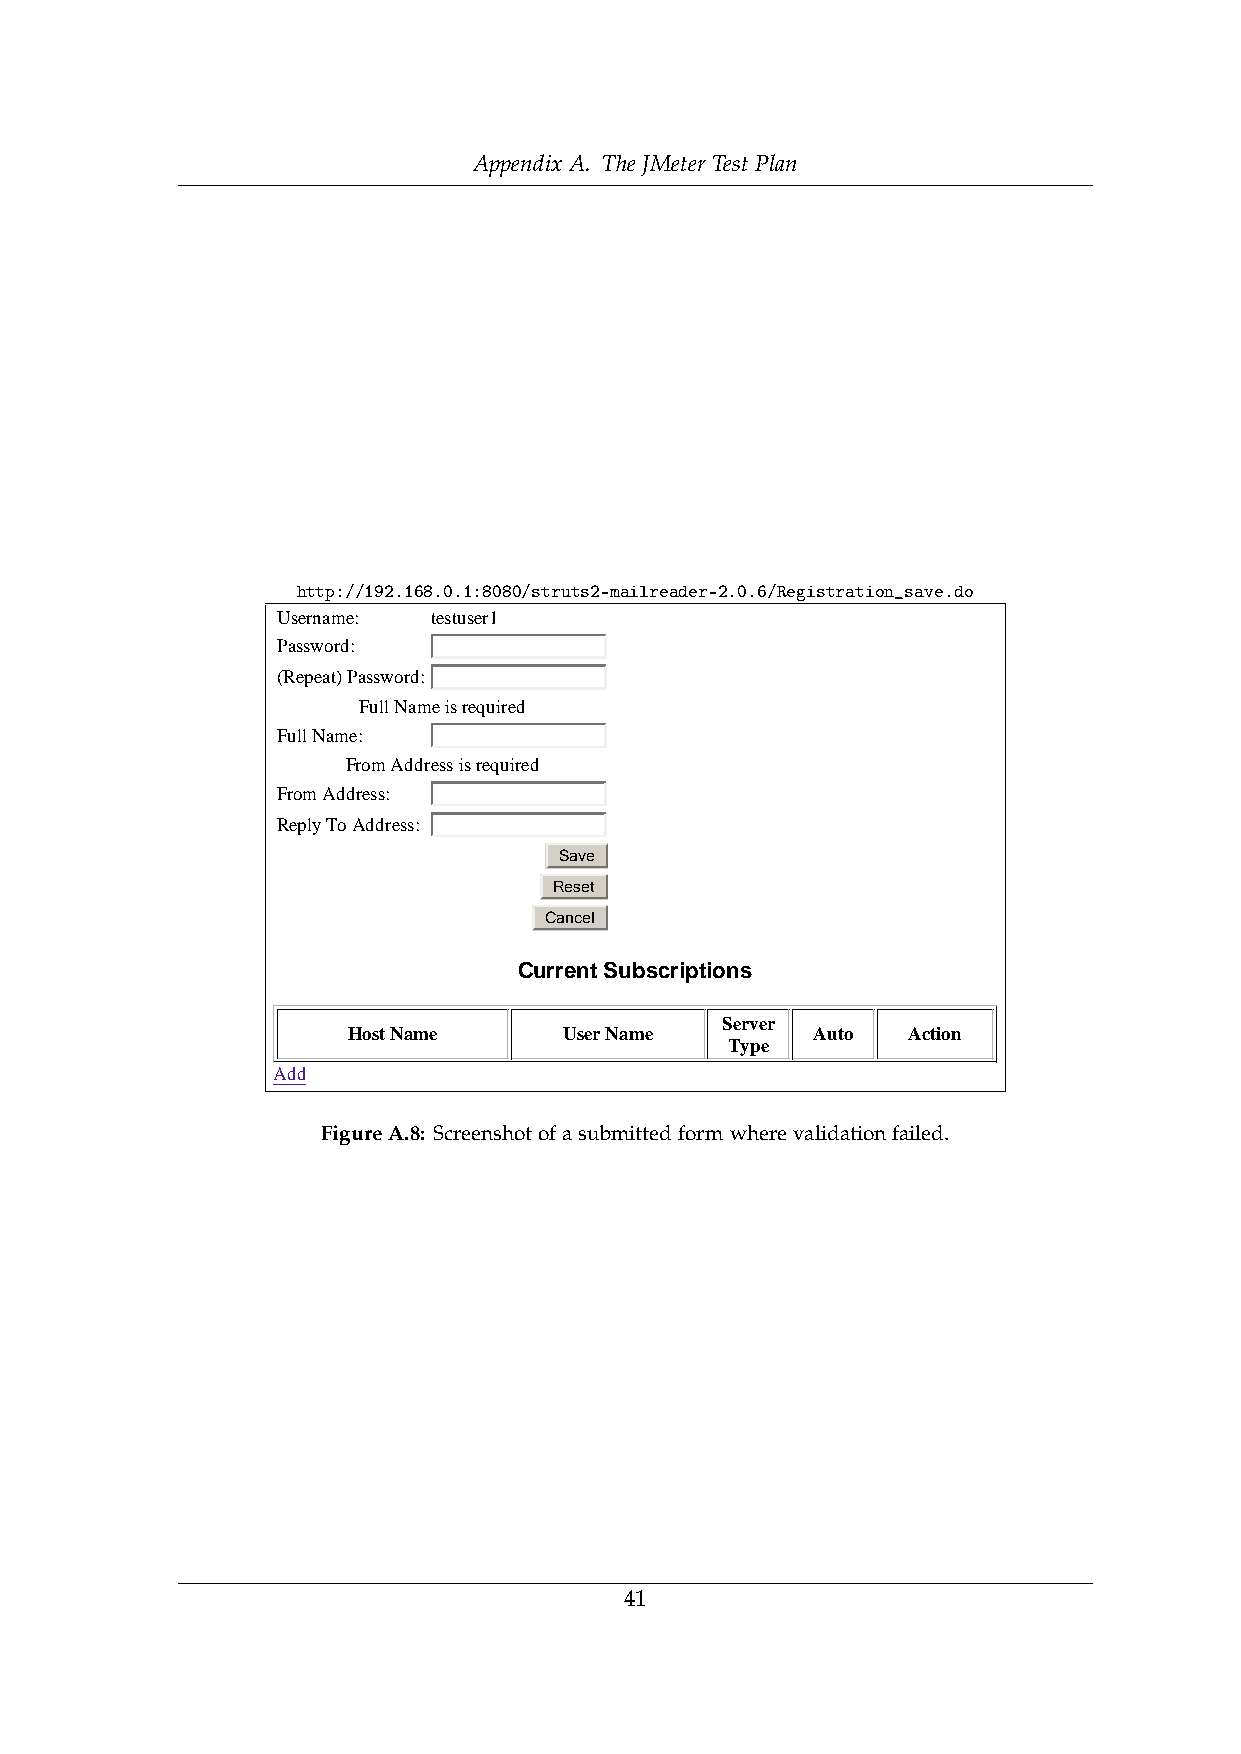
Appendix A. The JMeter Test Plan
 http://192.168.0.1:8080/struts2-mailreader-2.0.6/Registration_save.do
 Username: testuser1
 Password:
 (Repeat) Password:
 Full Name is required
 Full Name:
 From Address is required
 From Address:
 Reply To Address:
 Save
 Reset
 Cancel
 Current Subscriptions
 Server
 Host Name     User Name        Auto  Action
 Type
 Add
 MailRFeaidgeur rDeeAm.o8n:stSractrieoen nAsphpolitcaotfioansubmittedformwherevalidationfailed.
 41